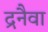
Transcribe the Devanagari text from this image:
द्रनैवा